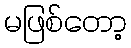
မဖြစ်တော့